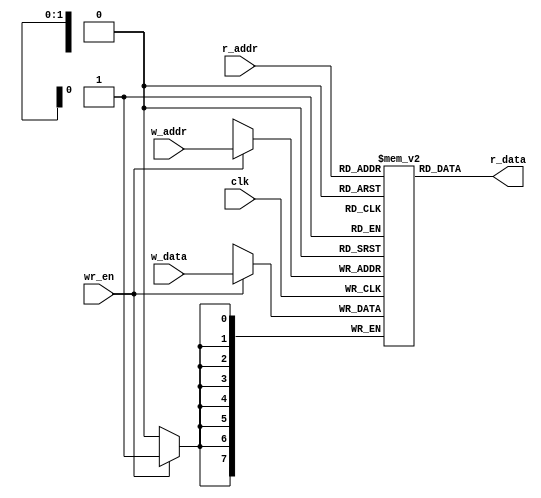
module reg_file #(parameter B = 8, W = 2)
				(clk, wr_en, w_addr, r_addr, w_data, r_data);
	input wire clk, wr_en;
	input wire [W-1:0] w_addr, r_addr;
	input wire [B-1:0] w_data;
	output wire [B-1:0] r_data;

	reg [B-1:0] array_reg [2**W-1:0];

	// Write operation
	always @(posedge clk)
		if(wr_en)
			array_reg[w_addr] <= w_data;
	// Read operation
	assign r_data = array_reg[r_addr];
endmodule